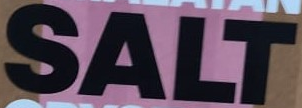
SALT